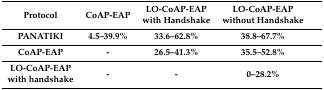
| Protocol | CoAP-EAP | LO-CoAP-EAP with Handshake | LO-CoAP-EAP without Handshake |
 | --- | --- | --- | --- |
 | PANATIKI | 4.5–39.9% | 33.6–62.8% | 38.8–67.7% |
 | CoAP-EAP | - | 26.5–41.3% | 35.5–52.8% |
 | LO-CoAP-EAP with handshake | - | - | 0–28.2% |